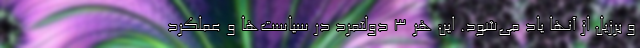
و برزیل از آنها یاد می‌شود. این هر 3 دولتمرد در سیاست‌ها و عملکرد